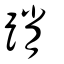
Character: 踃